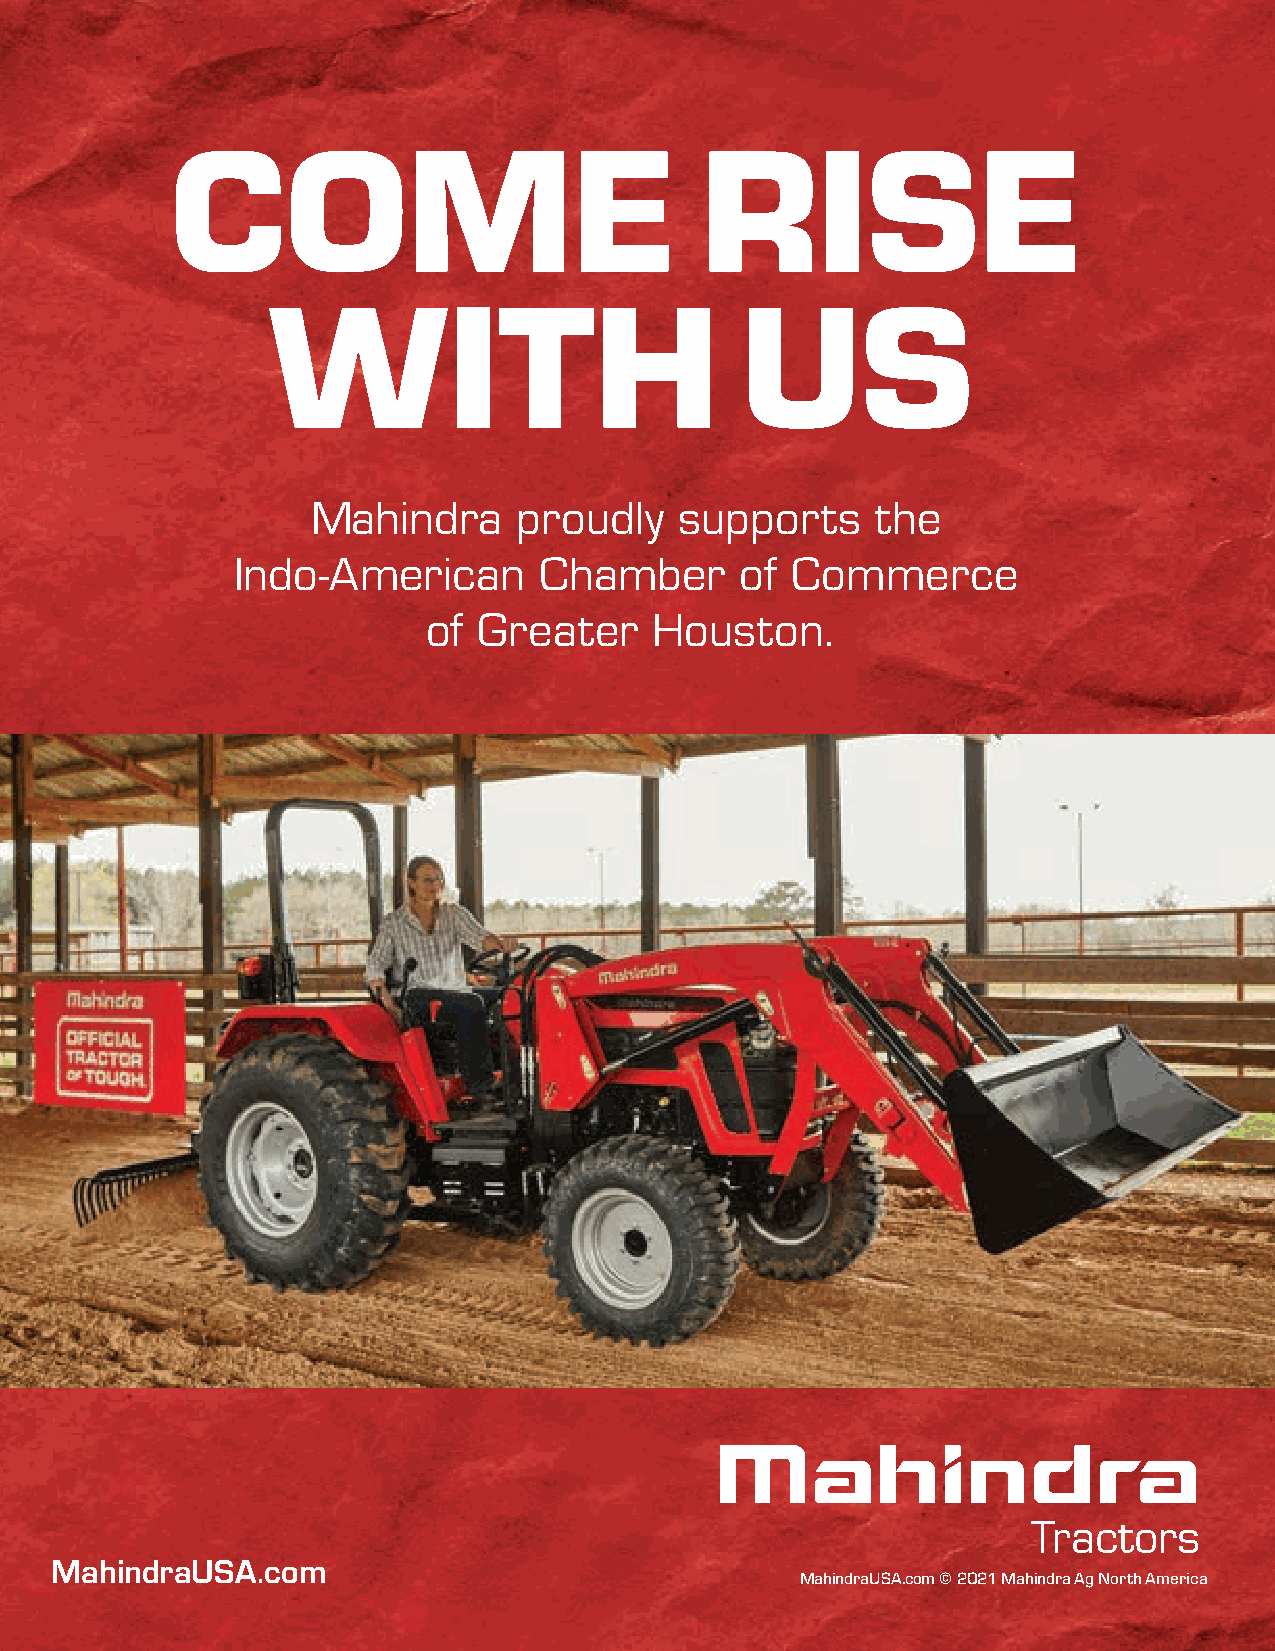
COME                               RISE
 WITH                           US
 Mahindra     proudly    supports     the
 Indo-American        Chamber      of Commerce
 of  Greater    Houston.
 MahindraUSA.com
 MahindraUSA.com © 2021 Mahindra Ag North America